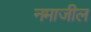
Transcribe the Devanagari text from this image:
नमाजील